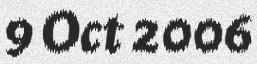
9 Oct 2006